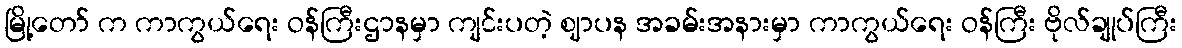
မြို့တော် က ကာကွယ်ရေး ဝန်ကြီးဌာနမှာ ကျင်းပတဲ့ ဈာပန အခမ်းအနားမှာ ကာကွယ်ရေး ဝန်ကြီး ဗိုလ်ချုပ်ကြီး